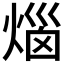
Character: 𤊲